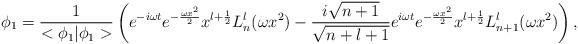
LaTeX: \begin{align*}\phi_1 = \frac{1}{<\phi_1 | \phi_1 >} \left( e^{-i \omega t}e^{-\frac{\omega x^2}{2}} x^{l+\frac{1}{2}} L_n^l (\omega x^2) - \frac{i \sqrt{n+1}}{\sqrt{n+l+1}} e^{i \omega t}e^{-\frac{\omega x^2}{2}} x^{l + \frac{1}{2}}L_{n+1}^l (\omega x^2) \right) , \end{align*}